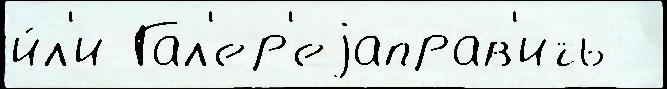
и́л'и Гал'ер'еjаправ'ить